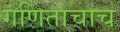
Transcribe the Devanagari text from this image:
गणिताचाच